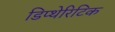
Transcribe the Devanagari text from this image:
डिप्थेरिटिक